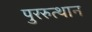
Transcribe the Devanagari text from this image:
पुररुत्थान